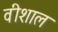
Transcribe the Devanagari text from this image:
वीशाल